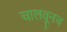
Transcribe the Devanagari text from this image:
चालवूनच